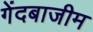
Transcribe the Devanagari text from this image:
गेंदबाजीम